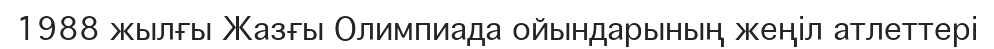
1988 жылғы Жазғы Олимпиада ойындарының жеңіл атлеттері